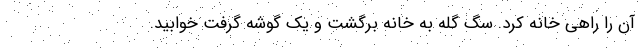
آن را راهی خانه کرد. سگ گله به خانه برگشت و یک گوشه گرفت خوابید.